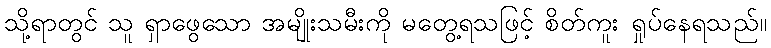
သို့ရာတွင် သူ ရှာဖွေသော အမျိုးသမီးကို မတွေ့ရသဖြင့် စိတ်ကူး ရှုပ်နေရသည်။